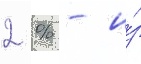
2 % - и́з